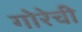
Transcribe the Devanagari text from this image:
गोरेची